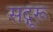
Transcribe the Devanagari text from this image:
सद्गूरू